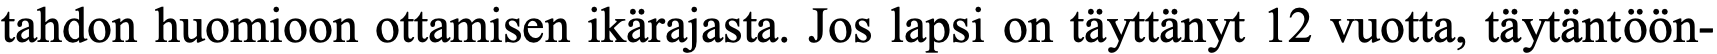
tahdon huomioon ottamisen ikärajasta. Jos lapsi on täyttänyt 12 vuotta, täytäntöön-